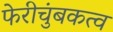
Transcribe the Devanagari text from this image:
फेरीचुंबकत्व